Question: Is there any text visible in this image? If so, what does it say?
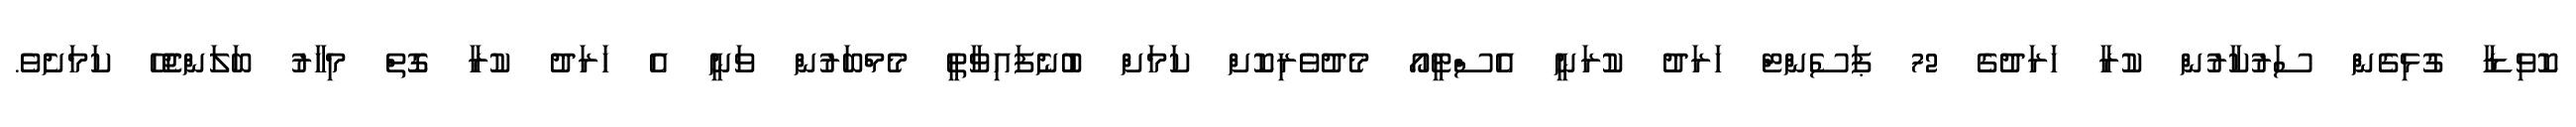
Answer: ކޮވިޑާ ގުޅިގެން ސަރުކާރުން ކުރާ ހަރަދުގެ 72 ޕަސެންޓް ހަރަދު ކުރަނީ އެސްޓީއޯ މެދުވެރިކޮށް ކަމަށް ބުނެފައިވާތީ މެމްބަރުން ވަނީ އެ ހަރަދު ކުރާ ގޮތް މިހާރު ބަލަންޖެހޭ ކަމަށެވެ.